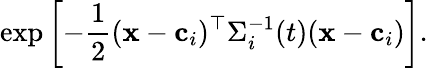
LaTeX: \exp\left[-\frac 12(\mathbf x-\mathbf c_{i})^{\top}\Sigma_{i}^{-1}(t)(\mathbf x-\mathbf c_{i})\right].